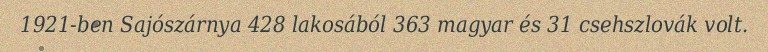
1921-ben Sajószárnya 428 lakosából 363 magyar és 31 csehszlovák volt.